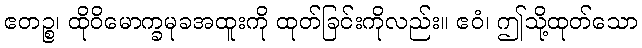
ဧတဉ္စ၊ ထိုဝိမောက္ခမုခအထူးကို ထုတ်ခြင်းကိုလည်း။ ဧဝံ၊ ဤသို့ထုတ်သော